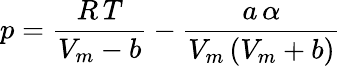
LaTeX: p={\frac{R\, T}{V_{m}-b}}-{\frac{a\, \alpha}{V_{m}\left(V_{m}+b\right)}}